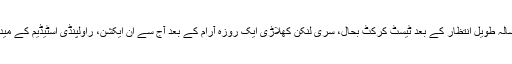
پاکستان میں دس سالہ طویل انتظار کے بعد ٹیسٹ کرکٹ بحال، سری لنکن کھلاڑی ایک روزہ آرام کے بعد آج سے اِن ایکشن، راولپنڈی اسٹیڈیم کے میدان میں اتریں گے۔